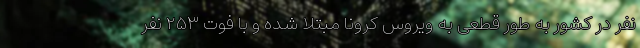
نفر در کشور به طور قطعی به ویروس کرونا مبتلا شده و با فوت ۲۵۳ نفر